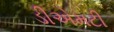
ડીએમટી